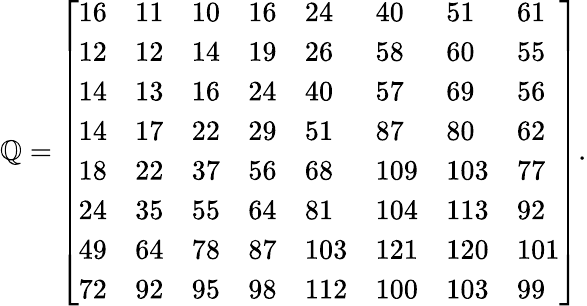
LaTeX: \mathbb{Q}={\left[\begin{array}{llllllll}{16}&{11}&{10}&{16}&{24}&{40}&{51}&{61}\\ {12}&{12}&{14}&{19}&{26}&{58}&{60}&{55}\\ {14}&{13}&{16}&{24}&{40}&{57}&{69}&{56}\\ {14}&{17}&{22}&{29}&{51}&{87}&{80}&{62}\\ {18}&{22}&{37}&{56}&{68}&{109}&{103}&{77}\\ {24}&{35}&{55}&{64}&{81}&{104}&{113}&{92}\\ {49}&{64}&{78}&{87}&{103}&{121}&{120}&{101}\\ {72}&{92}&{95}&{98}&{112}&{100}&{103}&{99}\end{array}\right]}.